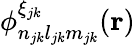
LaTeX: \phi_{n_{jk}l_{jk}m_{jk}}^{\xi_{jk}}(\mathbf{r})